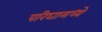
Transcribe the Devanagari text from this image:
परिघामध्ये